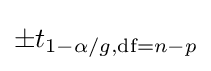
\pm t_{1-\alpha /g,{\text{df}}=n-p}